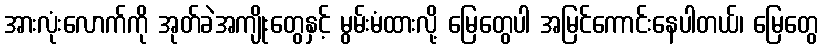
အားလုံးလောက်ကို အုတ်ခဲအကျိုးတွေနှင့် မွမ်းမံထားလို့ မြေတွေပါ အမြင်ကောင်းနေပါတယ်၊ မြေတွေ